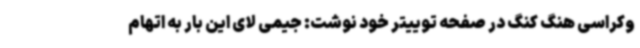
وکراسی هنگ کنگ در صفحه توییتر خود نوشت: جیمی لای این بار به اتهام